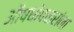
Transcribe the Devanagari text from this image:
औषधोपचारांना